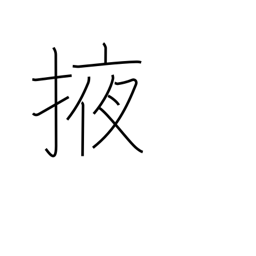
Meaning: carry under arm